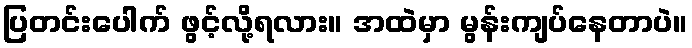
ပြတင်းပေါက် ဖွင့်လို့ရလား။ အထဲမှာ မွန်းကျပ်နေတာပဲ။